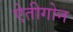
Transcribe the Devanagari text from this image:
ऐतीगोन